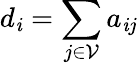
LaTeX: d_{\mathit{i}}=\sum_{j\in\mathcal{{V}}}a_{\mathit{i}j}